Leaving Certificate Examination, 1921
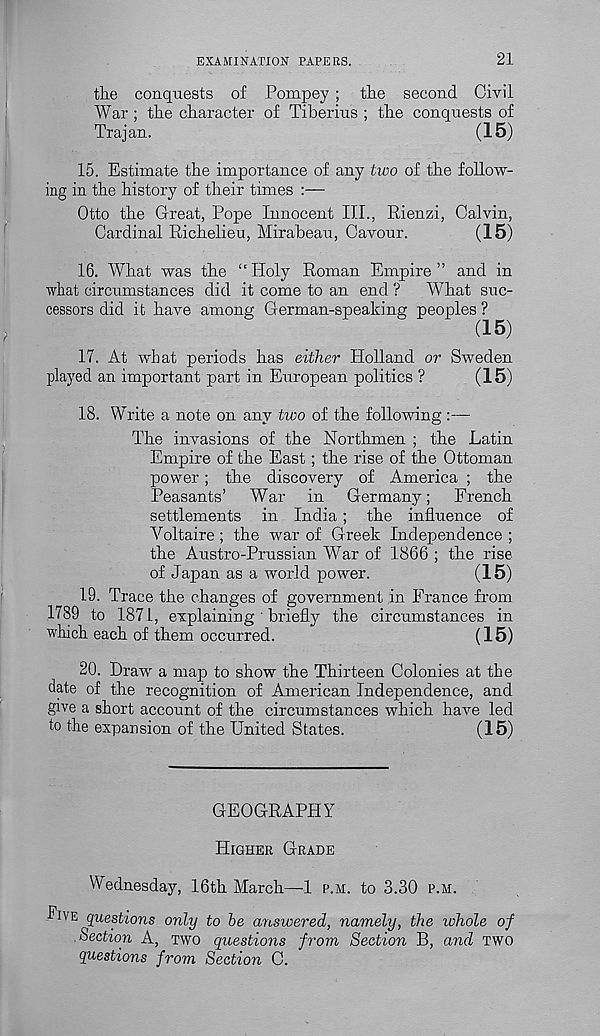
EXAMINATION PAPEES.
21
the conquests of Pompey ; the second Civil
War ; the character of Tiberius ; the conquests of
Trajan.
(15)
15. Estimate the importance of any two of the follow-
ing in the history of their times :—
Otto the Great, Pope Innocent III., Rienzi, Calvin,
Cardinal Richelieu, Mirabeau, Cavour.
(15)
16. What was the “ Holy Roman Empire ” and in
what circumstances did it come to an end ? What suc-
cessors did it have among German-speaking peoples ?
(15)
17. At what periods has either Holland or Sweden
played an important part in European politics ?
(15)
18. Write a note on any two of the following :—
The invasions of the Northmen ; the Latin
Empire of the East; the rise of the Ottoman
power; the discovery of America ; the
Peasants’ War in Germany; French
settlements in India ; the influence of
Voltaire; the war of Greek Independence ;
the Austro-Prussian War of 1866 ; the rise
of Japan as a world power.
(15)
19. Trace the changes of government in France from
1789 to 1871, explaining' briefly the circumstances in
which each of them occurred.
(15)
20. Draw a map to show the Thirteen Colonies at the
date of the recognition of American Independence, and
give a short account of the circumstances which have led
to the expansion of the United States.
(15)
GEOGRAPHY
HIGHER GRADE
Wednesday, 16th March—-1 P.M. to 3.30 P.M.
■FIVE questions only to he answered, namely, the whole of
Section A, TWO questions from Section B, and TWO
questions from Section C.